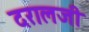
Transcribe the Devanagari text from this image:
दरालजी